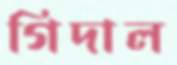
গিদাল